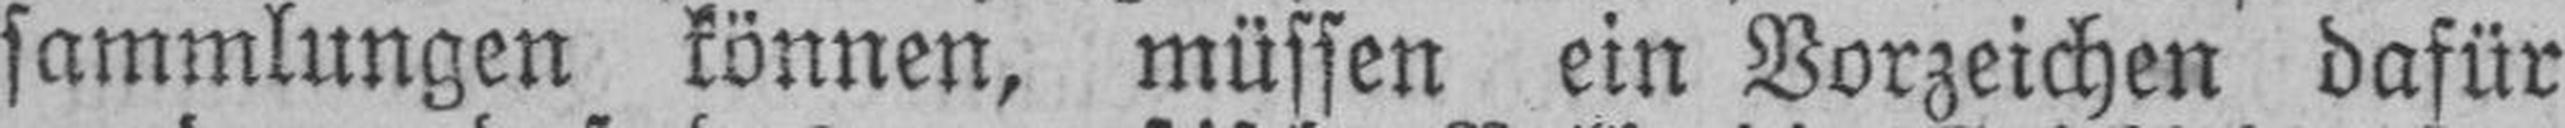
sammlungen können, müssen ein Vorzeichen dafür